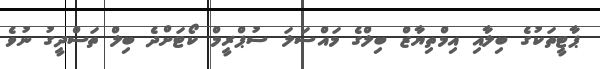
ޕާޓީތަކުގެ ބިލާއި އިމްތިޔާޒް ބިލްގެ މައްސަލަ ސުޕްރީމް ކޯޓަށްދެ ބިލް ތަސްދީގު ނުވެ